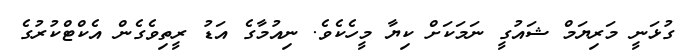
ގުޅަނީ މަރިޔަމް ޝައުގީ ނަމަކަށް ކިޔާ މީހެކެވެ. ނިއުމާގެ އަޑު ރީތިވެގެން އެކްޓްކުރުގެ